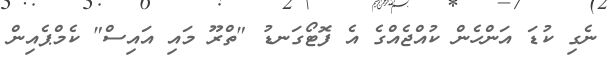
ނެގި ކުޑަ އަންހެން ކުއްޖެއްގެ އެ ފޮޓޯގަނޑު "ތްރޫ މައި އައިސް" ކެމްޕެއިން